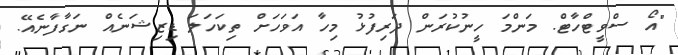
"އޯ ސްވީޓްހާޓް. މަންމަ ހީނުކުރަން ދަރިފުޅު މިހާ އަވަހަށް ތިކަހަލަ ޑިޒިޝަނެއް ނަގާފާނެއޭ.